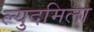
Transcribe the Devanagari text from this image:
ल्युदमिला